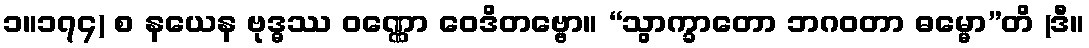
၁။၁၇၄) စ နယေန ဗုဒ္ဓဿ ဝဏ္ဏော ဝေဒိတဗ္ဗော။ “သွာက္ခာတော ဘဂဝတာ ဓမ္မော”တိ (ဒီ။